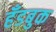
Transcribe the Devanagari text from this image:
हँडबुक